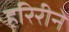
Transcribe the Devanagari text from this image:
हरिरीने